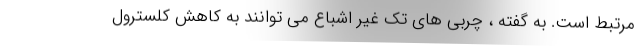
مرتبط است. به گفته ، چربی های تک غیر اشباع می توانند به کاهش کلسترول